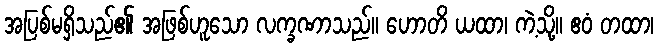
အပြစ်မရှိသည်၏ အဖြစ်ဟူသော လက္ခဏာသည်။ ဟောတိ ယထာ၊ ကဲ့သို့။ ဧဝံ တထာ၊